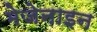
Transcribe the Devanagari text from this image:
मेजेनाइन